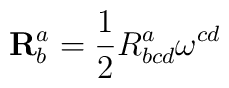
\mathbf{R}_{b}^{a}=\frac{1}{2}R_{bcd}^{a}\mathbf{\omega }^{cd}